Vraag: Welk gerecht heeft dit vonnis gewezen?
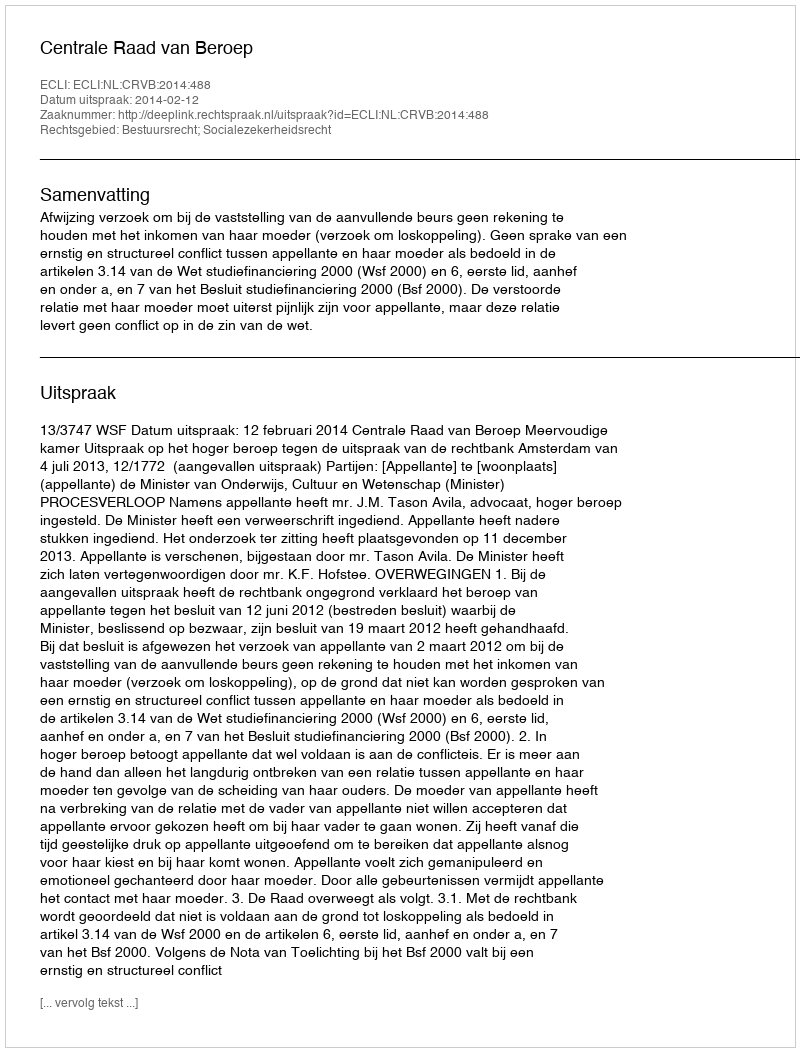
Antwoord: Centrale Raad van Beroep